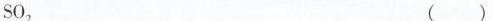
SO_{2} ( )